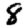
Digit: 8